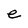
Character: e